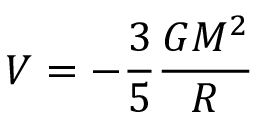
V = - \frac { 3 } { 5 } \frac { G M ^ { 2 } } { R }